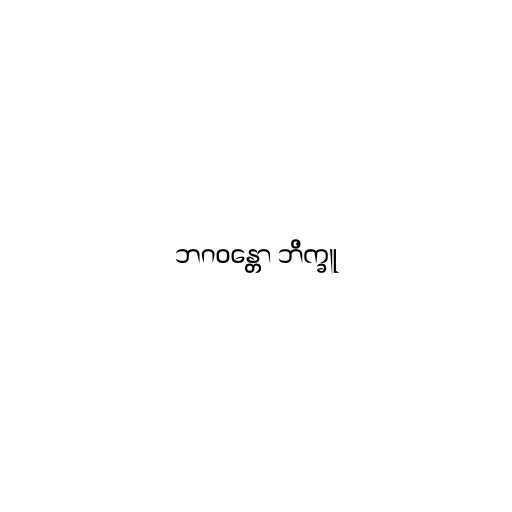
ဘဂဝန္တော ဘိက္ခူ